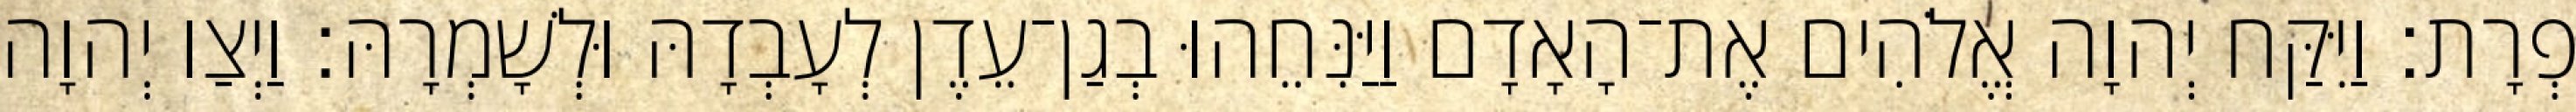
פְרָת׃ וַיִּקַּח יְהוָה אֱלֹהִים אֶת־הָאָדָם וַיַּנִּחֵהוּ בְגַן־עֵדֶן לְעָבְדָהּ וּלְשָׁמְרָהּ׃ וַיְצַו יְהוָה